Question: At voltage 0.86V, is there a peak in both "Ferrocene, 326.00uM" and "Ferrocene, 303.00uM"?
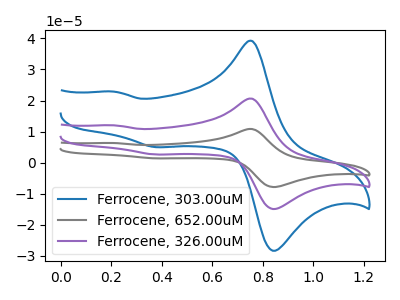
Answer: <think>The blue curve "Ferrocene, 303.00uM" has anodic peaks at (0.75V, 39.20uA) (0.20V, 22.85uA) and cathodic peaks at (0.85V, -27.90uA) (0.40V, 5.00uA). The gray curve "Ferrocene, 652.00uM" has anodic peaks at (0.75V, 41.20uA) (0.20V, 24.05uA) and cathodic peaks at (0.85V, -29.35uA) (0.40V, 5.25uA). The purple curve "Ferrocene, 326.00uM" has anodic peaks at (0.75V, 20.60uA) (0.20V, 12.00uA) and cathodic peaks at (0.85V, -14.70uA) (0.40V, 2.65uA).</think>
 <answer>Yes, "Ferrocene, 326.00uM" and "Ferrocene, 303.00uM" share a peak at 0.86V.</answer>
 <eval>match</eval>